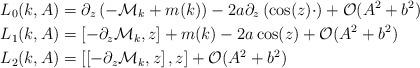
LaTeX: \begin{align*}L_0(k,A)&=\partial_z\left(-\mathcal{M}_k+m(k)\right)-2a\partial_z\left(\cos(z)\cdot\right)+\mathcal{O}(A^2+b^2)\\L_1(k,A)&=\left[-\partial_z\mathcal{M}_k,z\right]+m(k)-2a\cos(z)+\mathcal{O}(A^2+b^2)\\L_2(k,A)&=\left[\left[-\partial_z\mathcal{M}_k,z\right],z\right]+\mathcal{O}(A^2+b^2)\end{align*}